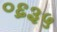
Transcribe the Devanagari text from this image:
०६३५